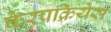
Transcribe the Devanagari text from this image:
फेरप्रक्रियेस